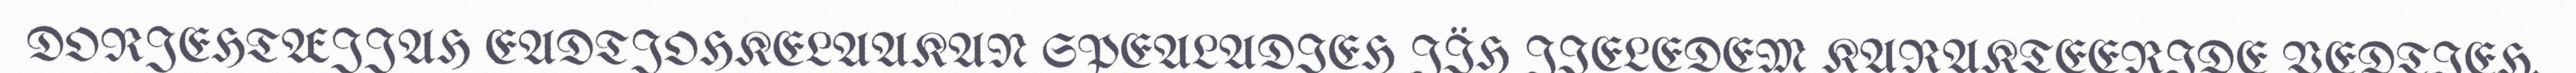
DORJEHTÆJJAH EADTJOHKELAAKAN SPEALADIEH JÏH JIELEDEM KARAKTEERIDE VEDTIEH.